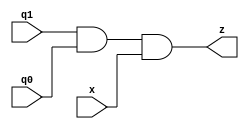
module og(q1, q0, x, z);
    input q1, q0, x;
    output z;

    assign z = q1 & q0 & x;
endmodule